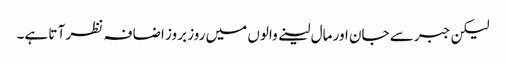
لیکن جبر سے جان اور مال لینے والوں میں روز بروز اضا فہ نظر آ تا ہے۔